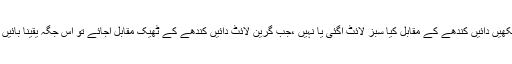
آج طواف شروع کرنے سے پہلے دیکھیں دائیں کندھے کے مقابل کیا سبز لائٹ آگئی یا نہیں ،جب گرین لائٹ دائیں کندھے کے ٹھیک مقابل آجائے تو اس جگہ یقیناً بائیں کندھے کے سامنے حجر اسود ہوگا ۔